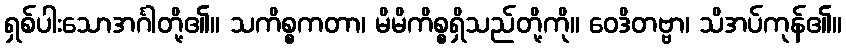
ရှစ်ပါးသောအင်္ဂါတို့၏။ သကိစ္စကတာ၊ မိမိကိစ္စရှိသည်တို့ကို။ ဝေဒိတဗ္ဗာ၊ သိအပ်ကုန်၏။